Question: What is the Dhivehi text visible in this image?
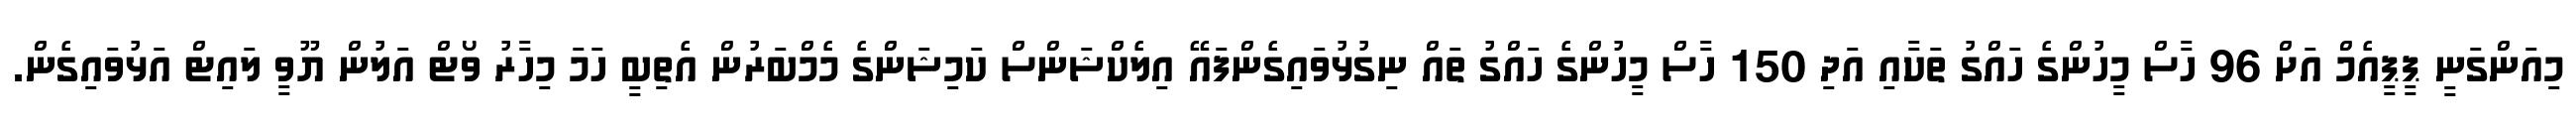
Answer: މިއަންގަނީ ޕީޕީއެމް އަށް 96 ހާސް މީހުންގެ ހައްގު ތަކާއި އަދި 150 ހާސް މީހުންގެ ހައްގު ތައް ނިގުޅުވައިގެންފައޭ އިލެކްޝަންސް ކަމިޝަންގެ މެމްބަރުން އެތިބީ ހަމަ މިހާރު ވޯޓް އަލުން ޔޫވީ ލައިޓް އަޅުވައިގެން.